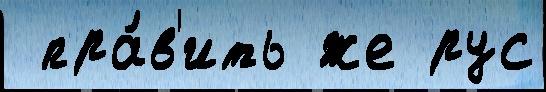
 пра́в'ить же рус